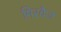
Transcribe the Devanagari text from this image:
मिरवैज